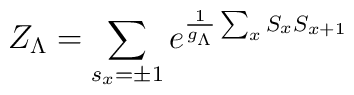
Z_\Lambda=\sum_{s_x=\pm1} e^{ \frac{1}{g_\Lambda} \sum_x S_x S_{x+1} }